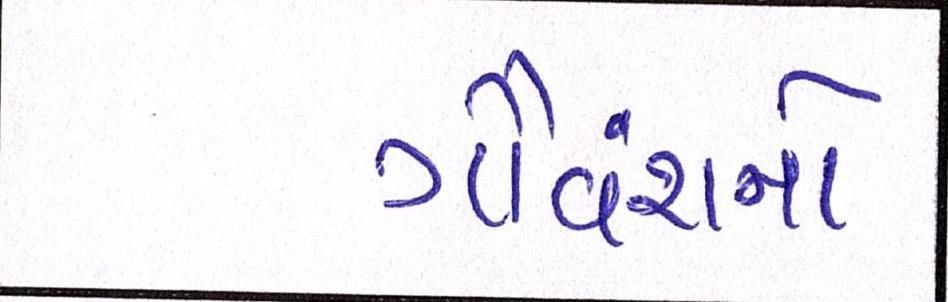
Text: ગૌવંશનો